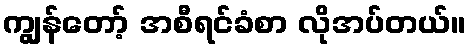
ကျွန်တော့် အစီရင်ခံစာ လိုအပ်တယ်။